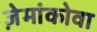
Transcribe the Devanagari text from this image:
ज़ेमांकोवा